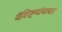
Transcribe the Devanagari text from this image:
वैशिष्टयांबाबत